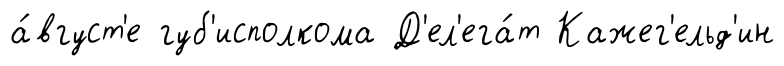
а́вгуст'е губ'исполкома Д'ел'ега́т Кажег'ельд'ин